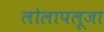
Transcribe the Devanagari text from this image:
लोलापलूजा